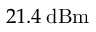
2 1 . 4 \: \mathrm { d B m }